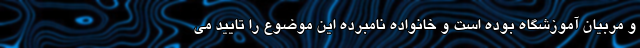
و مربیان آموزشگاه بوده است و خانواده نامبرده این موضوع را تایید می